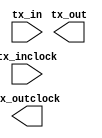
// megafunction wizard: %ALTLVDS_TX%VBB%
// GENERATION: STANDARD
// VERSION: WM1.0
// MODULE: ALTLVDS_TX 

// ============================================================
// Megafunction Name(s):
// 			ALTLVDS_TX
//
// Simulation Library Files(s):
// 			altera_mf
// ============================================================
// ************************************************************
// THIS IS A WIZARD-GENERATED FILE. DO NOT EDIT THIS FILE!
//
// 13.1.0 Build 162 10/23/2013 SJ Web Edition
// ************************************************************

//Copyright (C) 1991-2013 Altera Corporation
//Your use of Altera Corporation's design tools, logic functions 
//and other software and tools, and its AMPP partner logic 
//functions, and any output files from any of the foregoing 
//(including device programming or simulation files), and any 
//associated documentation or information are expressly subject 
//to the terms and conditions of the Altera Program License 
//Subscription Agreement, Altera MegaCore Function License 
//Agreement, or other applicable license agreement, including, 
//without limitation, that your use is for the sole purpose of 
//programming logic devices manufactured by Altera and sold by 
//Altera or its authorized distributors.  Please refer to the 
//applicable agreement for further details.

module lvds_lcd (
	tx_in,
	tx_inclock,
	tx_out,
	tx_outclock);

	input	[27:0]  tx_in;
	input	  tx_inclock;
	output	[3:0]  tx_out;
	output	  tx_outclock;

endmodule

// ============================================================
// CNX file retrieval info
// ============================================================
// Retrieval info: LIBRARY: altera_mf altera_mf.altera_mf_components.all
// Retrieval info: PRIVATE: CNX_CLOCK_CHOICES STRING "tx_coreclock"
// Retrieval info: PRIVATE: CNX_CLOCK_MODE NUMERIC "0"
// Retrieval info: PRIVATE: CNX_COMMON_PLL NUMERIC "0"
// Retrieval info: PRIVATE: CNX_DATA_RATE STRING "490.0"
// Retrieval info: PRIVATE: CNX_DESER_FACTOR NUMERIC "7"
// Retrieval info: PRIVATE: CNX_EXT_PLL STRING "OFF"
// Retrieval info: PRIVATE: CNX_LE_SERDES STRING "OFF"
// Retrieval info: PRIVATE: CNX_NUM_CHANNEL NUMERIC "4"
// Retrieval info: PRIVATE: CNX_OUTCLOCK_DIVIDE_BY NUMERIC "7"
// Retrieval info: PRIVATE: CNX_PLL_ARESET NUMERIC "0"
// Retrieval info: PRIVATE: CNX_PLL_FREQ STRING "70.000000"
// Retrieval info: PRIVATE: CNX_PLL_PERIOD STRING "14.286"
// Retrieval info: PRIVATE: CNX_REG_INOUT NUMERIC "1"
// Retrieval info: PRIVATE: CNX_TX_CORECLOCK STRING "OFF"
// Retrieval info: PRIVATE: CNX_TX_LOCKED STRING "OFF"
// Retrieval info: PRIVATE: CNX_TX_OUTCLOCK STRING "ON"
// Retrieval info: PRIVATE: CNX_USE_CLOCK_RESC STRING "Dual-Regional clock"
// Retrieval info: PRIVATE: CNX_USE_PLL_ENABLE NUMERIC "0"
// Retrieval info: PRIVATE: CNX_USE_TX_OUT_PHASE NUMERIC "1"
// Retrieval info: PRIVATE: INTENDED_DEVICE_FAMILY STRING "Cyclone V"
// Retrieval info: PRIVATE: pCNX_OUTCLK_ALIGN STRING "UNUSED"
// Retrieval info: PRIVATE: pINCLOCK_PHASE_SHIFT STRING "0.00"
// Retrieval info: PRIVATE: pOUTCLOCK_PHASE_SHIFT STRING "0.00"
// Retrieval info: CONSTANT: CENTER_ALIGN_MSB STRING "UNUSED"
// Retrieval info: CONSTANT: COMMON_RX_TX_PLL STRING "OFF"
// Retrieval info: CONSTANT: CORECLOCK_DIVIDE_BY NUMERIC "1"
// Retrieval info: CONSTANT: clk_src_is_pll STRING "off"
// Retrieval info: CONSTANT: DATA_RATE STRING "490.0 Mbps"
// Retrieval info: CONSTANT: DESERIALIZATION_FACTOR NUMERIC "7"
// Retrieval info: CONSTANT: DIFFERENTIAL_DRIVE NUMERIC "0"
// Retrieval info: CONSTANT: ENABLE_CLOCK_PIN_MODE STRING "UNUSED"
// Retrieval info: CONSTANT: IMPLEMENT_IN_LES STRING "OFF"
// Retrieval info: CONSTANT: INCLOCK_BOOST NUMERIC "0"
// Retrieval info: CONSTANT: INCLOCK_DATA_ALIGNMENT STRING "EDGE_ALIGNED"
// Retrieval info: CONSTANT: INCLOCK_PERIOD NUMERIC "14286"
// Retrieval info: CONSTANT: INCLOCK_PHASE_SHIFT NUMERIC "0"
// Retrieval info: CONSTANT: INTENDED_DEVICE_FAMILY STRING "Cyclone V"
// Retrieval info: CONSTANT: LPM_HINT STRING "UNUSED"
// Retrieval info: CONSTANT: LPM_TYPE STRING "altlvds_tx"
// Retrieval info: CONSTANT: MULTI_CLOCK STRING "OFF"
// Retrieval info: CONSTANT: NUMBER_OF_CHANNELS NUMERIC "4"
// Retrieval info: CONSTANT: OUTCLOCK_ALIGNMENT STRING "EDGE_ALIGNED"
// Retrieval info: CONSTANT: OUTCLOCK_DIVIDE_BY NUMERIC "7"
// Retrieval info: CONSTANT: OUTCLOCK_DUTY_CYCLE NUMERIC "50"
// Retrieval info: CONSTANT: OUTCLOCK_MULTIPLY_BY NUMERIC "1"
// Retrieval info: CONSTANT: OUTCLOCK_PHASE_SHIFT NUMERIC "0"
// Retrieval info: CONSTANT: OUTCLOCK_RESOURCE STRING "Dual-Regional clock"
// Retrieval info: CONSTANT: OUTPUT_DATA_RATE NUMERIC "490"
// Retrieval info: CONSTANT: PLL_COMPENSATION_MODE STRING "AUTO"
// Retrieval info: CONSTANT: PLL_SELF_RESET_ON_LOSS_LOCK STRING "OFF"
// Retrieval info: CONSTANT: PREEMPHASIS_SETTING NUMERIC "0"
// Retrieval info: CONSTANT: REFCLK_FREQUENCY STRING "70.000000 MHz"
// Retrieval info: CONSTANT: REGISTERED_INPUT STRING "TX_CORECLK"
// Retrieval info: CONSTANT: USE_EXTERNAL_PLL STRING "OFF"
// Retrieval info: CONSTANT: USE_NO_PHASE_SHIFT STRING "ON"
// Retrieval info: CONSTANT: VOD_SETTING NUMERIC "0"
// Retrieval info: USED_PORT: tx_in 0 0 28 0 INPUT NODEFVAL "tx_in[27..0]"
// Retrieval info: CONNECT: @tx_in 0 0 28 0 tx_in 0 0 28 0
// Retrieval info: USED_PORT: tx_inclock 0 0 0 0 INPUT NODEFVAL "tx_inclock"
// Retrieval info: CONNECT: @tx_inclock 0 0 0 0 tx_inclock 0 0 0 0
// Retrieval info: USED_PORT: tx_out 0 0 4 0 OUTPUT NODEFVAL "tx_out[3..0]"
// Retrieval info: CONNECT: tx_out 0 0 4 0 @tx_out 0 0 4 0
// Retrieval info: USED_PORT: tx_outclock 0 0 0 0 OUTPUT NODEFVAL "tx_outclock"
// Retrieval info: CONNECT: tx_outclock 0 0 0 0 @tx_outclock 0 0 0 0
// Retrieval info: GEN_FILE: TYPE_NORMAL lvds_lcd.v TRUE FALSE
// Retrieval info: GEN_FILE: TYPE_NORMAL lvds_lcd.qip TRUE FALSE
// Retrieval info: GEN_FILE: TYPE_NORMAL lvds_lcd.bsf TRUE TRUE
// Retrieval info: GEN_FILE: TYPE_NORMAL lvds_lcd_inst.v TRUE TRUE
// Retrieval info: GEN_FILE: TYPE_NORMAL lvds_lcd_bb.v TRUE TRUE
// Retrieval info: GEN_FILE: TYPE_NORMAL lvds_lcd.inc TRUE TRUE
// Retrieval info: GEN_FILE: TYPE_NORMAL lvds_lcd.cmp TRUE TRUE
// Retrieval info: GEN_FILE: TYPE_NORMAL lvds_lcd.ppf TRUE FALSE
// Retrieval info: LIB_FILE: altera_mf
// Retrieval info: CBX_MODULE_PREFIX: ON